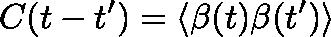
C ( t - t ^ { \prime } ) = \langle \mathit { \beta } ( t ) \mathit { \beta } ( t ^ { \prime } ) \rangle